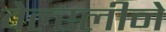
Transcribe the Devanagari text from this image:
वेल्स्लीने